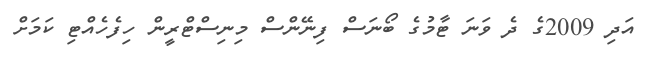
އަދި 2009ގެ ދެ ވަނަ ޓާމުގެ ބޯނަސް ފިނޭންސް މިނިސްޓްރީން ހިފެހެއްޓި ކަމަށް